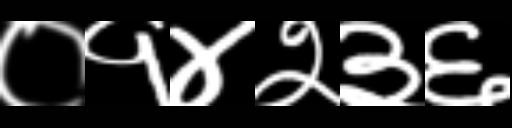
Text: ०१४२३६